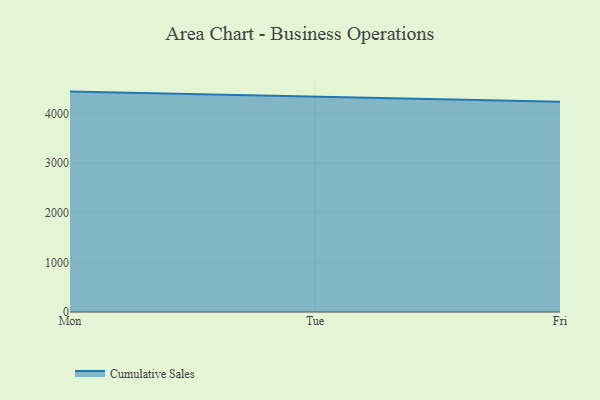
{"axis": {"x": "Day", "y": "Churn Rate (%)"}, "legend": ["Cumulative Sales"], "data": [{"x": "Mon", "y": 4445.3, "type": "Cumulative Sales"}, {"x": "Tue", "y": 4336.0, "type": "Cumulative Sales"}, {"x": "Fri", "y": 4239.2, "type": "Cumulative Sales"}]}